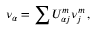
\nu _ { \alpha } = \sum U _ { \alpha j } ^ { m } \nu _ { j } ^ { m } \, ,